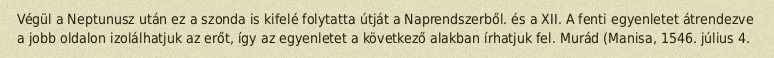
Végül a Neptunusz után ez a szonda is kifelé folytatta útját a Naprendszerből. és a XII. A fenti egyenletet átrendezve a jobb oldalon izolálhatjuk az erőt, így az egyenletet a következő alakban írhatjuk fel. Murád (Manisa, 1546. július 4.